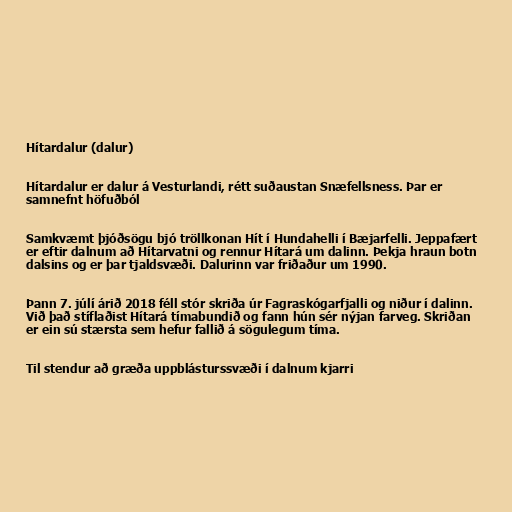
Hítardalur (dalur)

Hítardalur er dalur á Vesturlandi, rétt suðaustan Snæfellsness. Þar er
samnefnt höfuðból

Samkvæmt þjóðsögu bjó tröllkonan Hít í Hundahelli í Bæjarfelli. Jeppafært
er eftir dalnum að Hítarvatni og rennur Hítará um dalinn. Þekja hraun botn
dalsins og er þar tjaldsvæði. Dalurinn var friðaður um 1990.

Þann 7. júlí árið 2018 féll stór skriða úr Fagraskógarfjalli og niður í dalinn.
Við það stíflaðist Hítará tímabundið og fann hún sér nýjan farveg. Skriðan
er ein sú stærsta sem hefur fallið á sögulegum tíma.

Til stendur að græða uppblásturssvæði í dalnum kjarri